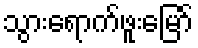
သွားရောက်ဖူးမြော်